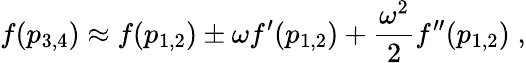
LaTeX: f(p_{3,4})\approx f(p_{1,2})\pm\omega f^{\prime}(p_{1,2})+\frac{\omega^{2}}{2}f^{\prime\prime}(p_{1,2})\; ,